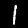
Label: 1